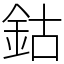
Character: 鈷